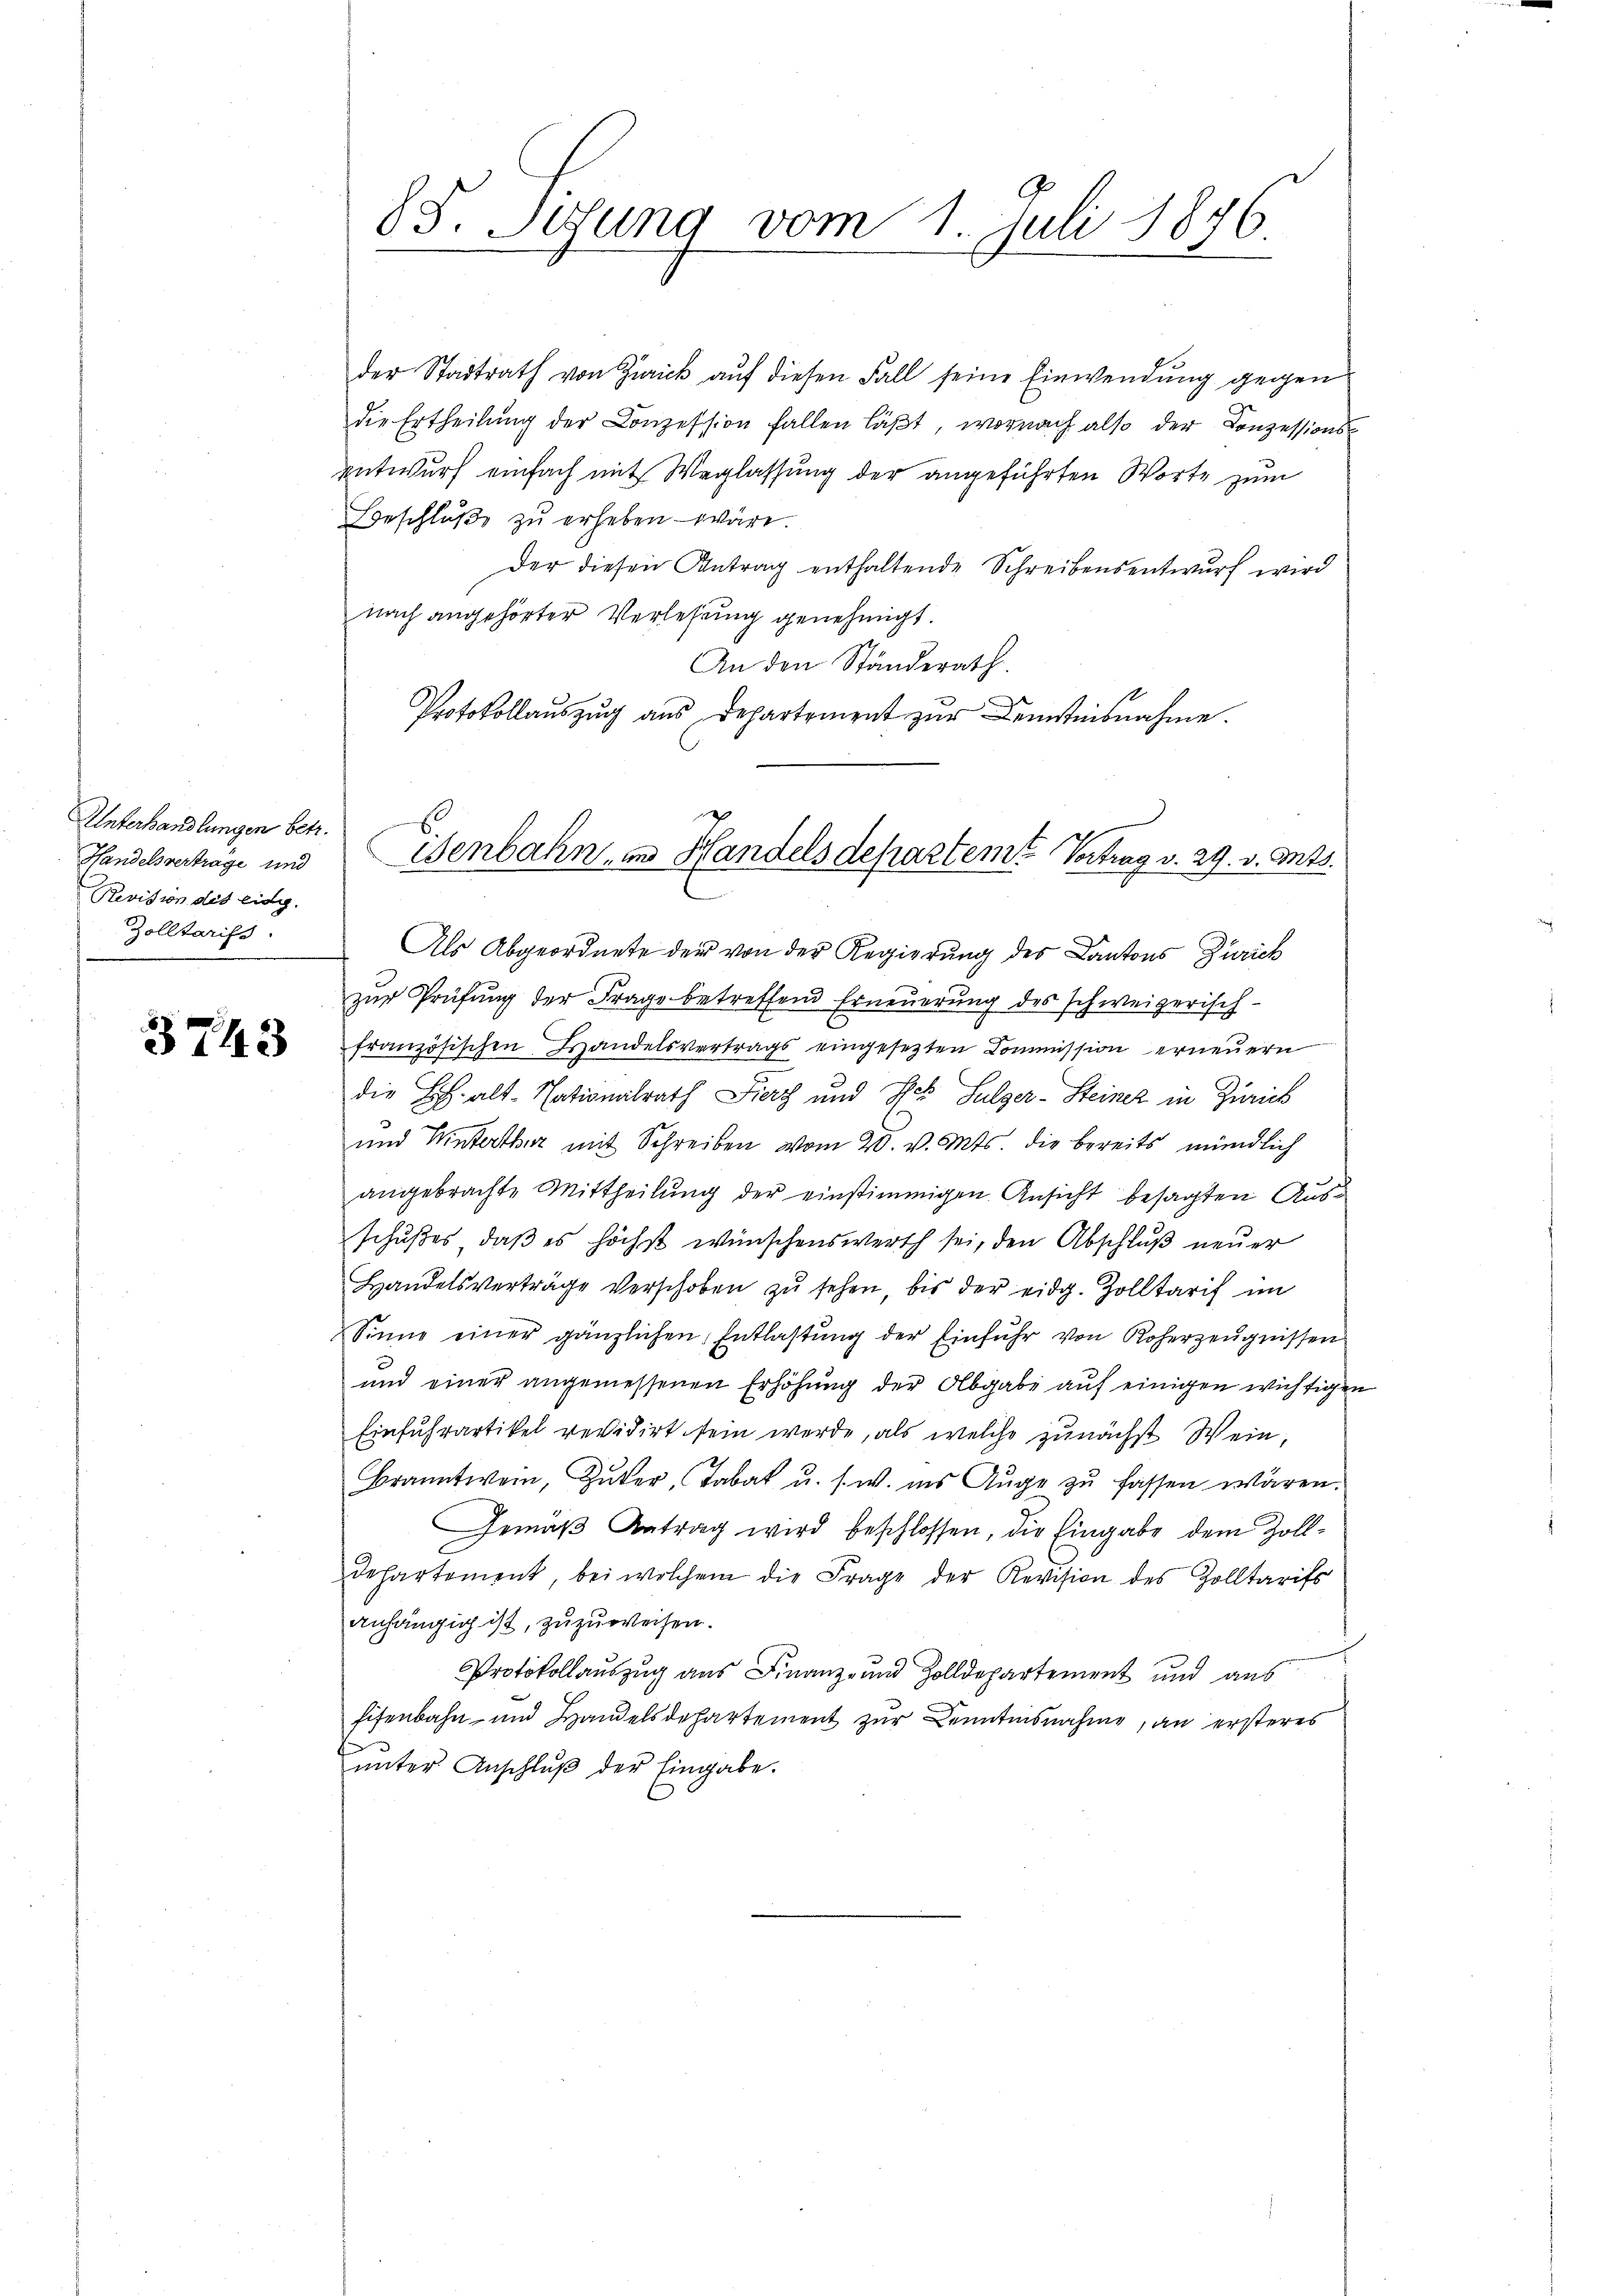
Unterhandlungen betr.
Handelsverträge und
Revision des eidg.
Zolltarifs

3743

der Stadtrath von Zürick auf diesen Fall seine Einwendung gegen
die Ertheilung der Conzession fallen läßt, wornach also der Conzessionsentwurf einfach mit Weglassung der angeführten Worte zum
Beschluße zu erheben wäre.
Der diesen Antrag enthaltende Schreibensentwurf wird
nach angehörter Verlesung genehmigt.
An den Ständerath
Protokollauszug aus Departement zur Kenntnisnahme.
Als Abgeordnete der von der Regierung des Kantons Zürich
zur Prüfung der Frage betreffend Erneuerung des schweizerisch-
französischen Handelsvertrags eingesezten Commission erneuern
die B. alt-Nationalrath Fierz und des Sulzer-Steiner in Zürich
und Hinterthur mit Schreiben vom 20. v. Mts. die bereits mündlich
angebrachte Mittheilung der einstimmigen Ansicht besagten Ausschußes, daß es höchst wünschenswerth sei, den Abschluß neuer
Handelsverträge verschoben zŭ sehen, bis der eidg. Zolltarif im
Sinne einer gänzlichen Entlastung der Einfuhr von Roherzeugnissen
und einer angemessenen Erhöhung der Abgabe auf einigen wichtigen
Einfuhrartikel revidirt sein werde, als welche zunächst Wein,
Branntwein, Zŭker, Tabak u. s. w. ins Auge zu fassen wären.
Gemäβ Antrag wird beschlossen, die Eingabe dem Zoll-
departement, bei welchem die Frage der Revision des Zolltarifs
anhängig ist, zuzuweisen.
Protokollauszug aus Finanz- und Zolldepartement und aus
Eisenbahn- und Handelsdepartement zŭr Kenntnisnahme, an ersteres
ŭnter Anschlŭβ der Eingabe.

85. Sesung vom 1. Juli 1876.

Genbahn und Handels departem Vortrag v. 29. v. Mts.